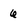
Character: 6